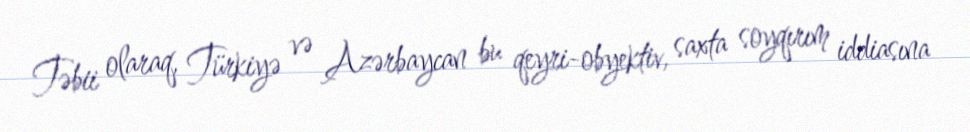
Təbii olaraq, Türkiyə və Azərbaycan bu qeyri-obyektiv, saxta soyqırım iddiasına